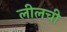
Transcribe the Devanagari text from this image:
लीलची